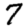
Digit: 7